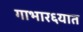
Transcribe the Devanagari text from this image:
गाभार६यात